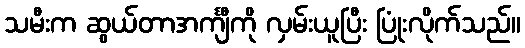
သမီးက ဆွယ်တာအင်္ကျီကို လှမ်းယူပြီး ပြုံးလိုက်သည်။